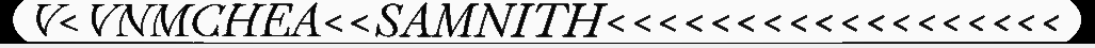
V<VNMCHEA<<SAMNITH<<<<<<<<<<<<<<<<<<